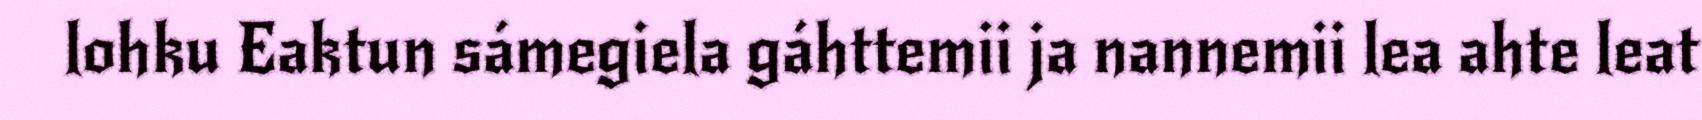
lohku Eaktun sámegiela gáhttemii ja nannemii lea ahte leat